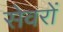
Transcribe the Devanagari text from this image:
सेवरों